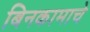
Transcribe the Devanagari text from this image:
बिनकामाचे